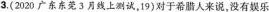
3.(2020广东东莞3月线上测试，19)对于希腊人来说，没有娱乐